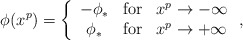
\begin{align*}\phi(x^p)=\left\{\begin{array}{ccc}-\phi_* & \mathrm{for} & x^p\to -\infty \\\phi_* & \mathrm{for} & x^p\to +\infty\end{array}\right. ,\end{align*}